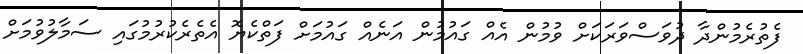
ފެތުރެމުންދާ ދުވަސްވަރަކަށް ވުމުން އެއް ގައުމުން އަނެއް ގައުމަށް ފަތްކެޔޮ އެތެރެކުރުމުގައި ސަމާލުވުމަށް